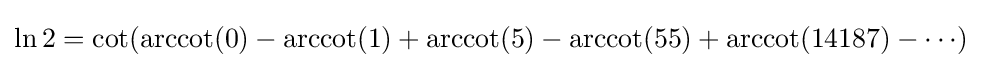
\ln 2=\cot({\operatorname {arccot}(0)-\operatorname {arccot}(1)+\operatorname {arccot}(5)-\operatorname {arccot}(55)+\operatorname {arccot}(14187)-\cdots })